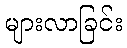
များလာခြင်း